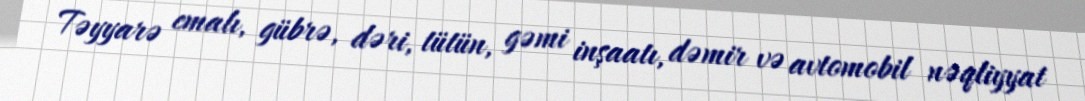
Təyyarə emalı, gübrə, dəri, tütün, gəmi inşaatı, dəmir və avtomobil nəqliyyat